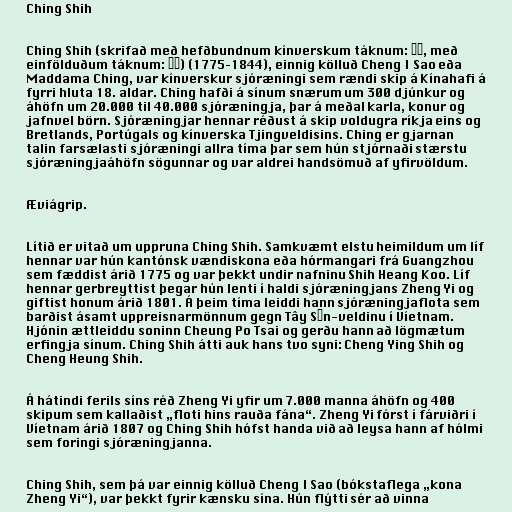
Ching Shih

Ching Shih (skrifað með hefðbundnum kínverskum táknum: 鄭氏, með
einfölduðum táknum: 郑氏) (1775–1844), einnig kölluð Cheng I Sao eða
Maddama Ching, var kínverskur sjóræningi sem rændi skip á Kínahafi á
fyrri hluta 18. aldar. Ching hafði á sínum snærum um 300 djúnkur og
áhöfn um 20.000 til 40.000 sjóræningja, þar á meðal karla, konur og
jafnvel börn. Sjóræningjar hennar réðust á skip voldugra ríkja eins og
Bretlands, Portúgals og kínverska Tjingveldisins. Ching er gjarnan
talin farsælasti sjóræningi allra tíma þar sem hún stjórnaði stærstu
sjóræningjaáhöfn sögunnar og var aldrei handsömuð af yfirvöldum.

Æviágrip.

Lítið er vitað um uppruna Ching Shih. Samkvæmt elstu heimildum um líf
hennar var hún kantónsk vændiskona eða hórmangari frá Guangzhou
sem fæddist árið 1775 og var þekkt undir nafninu Shih Heang Koo. Líf
hennar gerbreyttist þegar hún lenti í haldi sjóræningjans Zheng Yi og
giftist honum árið 1801. Á þeim tíma leiddi hann sjóræningjaflota sem
barðist ásamt uppreisnarmönnum gegn Tây Sơn-veldinu í Víetnam.
Hjónin ættleiddu soninn Cheung Po Tsai og gerðu hann að lögmætum
erfingja sínum. Ching Shih átti auk hans tvo syni: Cheng Ying Shih og
Cheng Heung Shih.

Á hátindi ferils síns réð Zheng Yi yfir um 7.000 manna áhöfn og 400
skipum sem kallaðist „floti hins rauða fána“. Zheng Yi fórst í fárviðri í
Víetnam árið 1807 og Ching Shih hófst handa við að leysa hann af hólmi
sem foringi sjóræningjanna.

Ching Shih, sem þá var einnig kölluð Cheng I Sao (bókstaflega „kona
Zheng Yi“), var þekkt fyrir kænsku sína. Hún flýtti sér að vinna